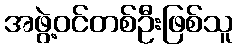
အဖွဲ့ဝင်တစ်ဦးဖြစ်သူ